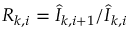
R _ { k , i } = \widehat { I } _ { k , i + 1 } / \widehat { I } _ { k , i }